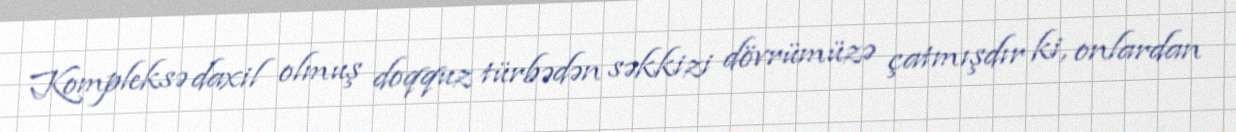
Kompleksə daxil olmuş doqquz türbədən səkkizi dövrümüzə çatmışdır ki, onlardan